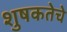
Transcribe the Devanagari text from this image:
शुषकतेचे